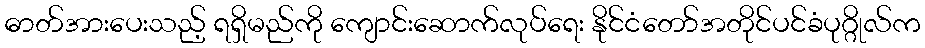
ဓာတ်အားပေးသည့် ရရှိမည်ကို ကျောင်းဆောက်လုပ်ရေး နိုင်ငံတော်အတိုင်ပင်ခံပုဂ္ဂိုလ်က